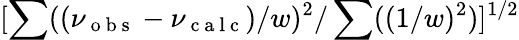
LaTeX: [\sum((\nu_{\mathrm{~o~b~s~}}-\nu_{\mathrm{~c~a~l~c~}})/w)^{2}/\sum((1/w)^{2})]^{1/2}